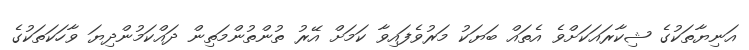
އަނިޔާތަކުގެ ޝިކާރައަކަށްވެ އެތައް ބަޔަކު މަރުވެފައިވާ ކަމަށް އޭރު ތުންތުންމަތިން ދައްކަމުންދިޔަ ވާހަކަތަކުގެ